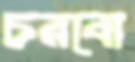
চরবো